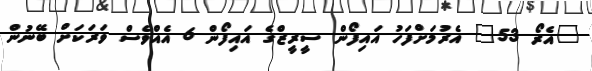
"އެރޯ 53" އެރުމަށްފަހު އައިފޯން ސީރީޒްގެ އައިފޯން 6 އެއްވެސް ވަރަކަށް ބޭނުން